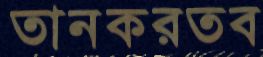
তানকরতব